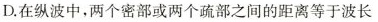
D.在纵波中，两个密部或两个疏部之间的距离等于波长